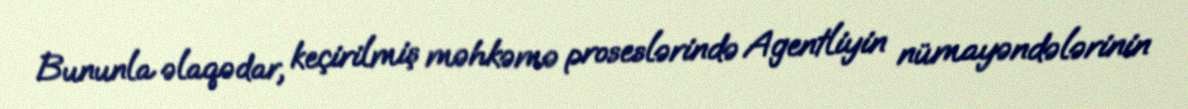
Bununla əlaqədar, keçirilmiş məhkəmə proseslərində Agentliyin nümayəndələrinin